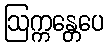
ဩက္ကန္တေပေ